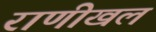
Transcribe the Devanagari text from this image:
राणीखल